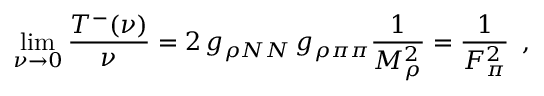
\operatorname * { l i m } _ { \nu \to 0 } \frac { T ^ { - } ( \nu ) } { \nu } = 2 \, g _ { \rho N N } \, g _ { \rho \pi \pi } \frac { 1 } { M _ { \rho } ^ { 2 } } = \frac { 1 } { F _ { \pi } ^ { 2 } } \, \, \, ,